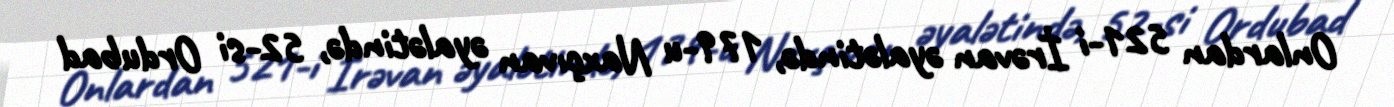
Onlardan 521-i İrəvan əyalətində, 179-u Naxçıvan əyalətində, 52-si Ordubad